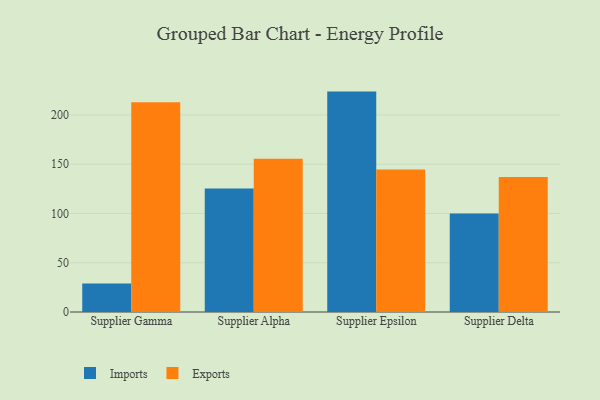
{"axis": {"x": "Supplier", "y": "Population (Million)"}, "legend": ["Exports", "Imports"], "data": [{"x": "Supplier Gamma", "y": 29.0, "type": "Imports"}, {"x": "Supplier Gamma", "y": 212.9, "type": "Exports"}, {"x": "Supplier Alpha", "y": 125.4, "type": "Imports"}, {"x": "Supplier Alpha", "y": 155.5, "type": "Exports"}, {"x": "Supplier Epsilon", "y": 223.6, "type": "Imports"}, {"x": "Supplier Epsilon", "y": 144.6, "type": "Exports"}, {"x": "Supplier Delta", "y": 99.9, "type": "Imports"}, {"x": "Supplier Delta", "y": 136.9, "type": "Exports"}]}